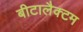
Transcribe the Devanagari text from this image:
बीटालैक्टम